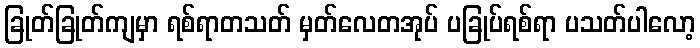
ခြုတ်ခြုတ်ကျမှာ ရစ်ရာတသတ် မှတ်လေတအုပ် ပခြုပ်ရစ်ရာ ပသတ်ပါလော့